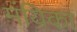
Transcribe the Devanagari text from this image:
मंयिका